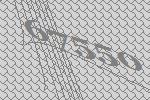
67550